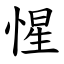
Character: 惺